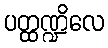
ပတ္ထဏ္ဍိလေ